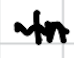
Text: In
Cross-out: wave
Writing tool: digital_black